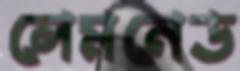
লেমনেড